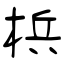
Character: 梹